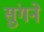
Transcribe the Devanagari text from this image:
सुंगने